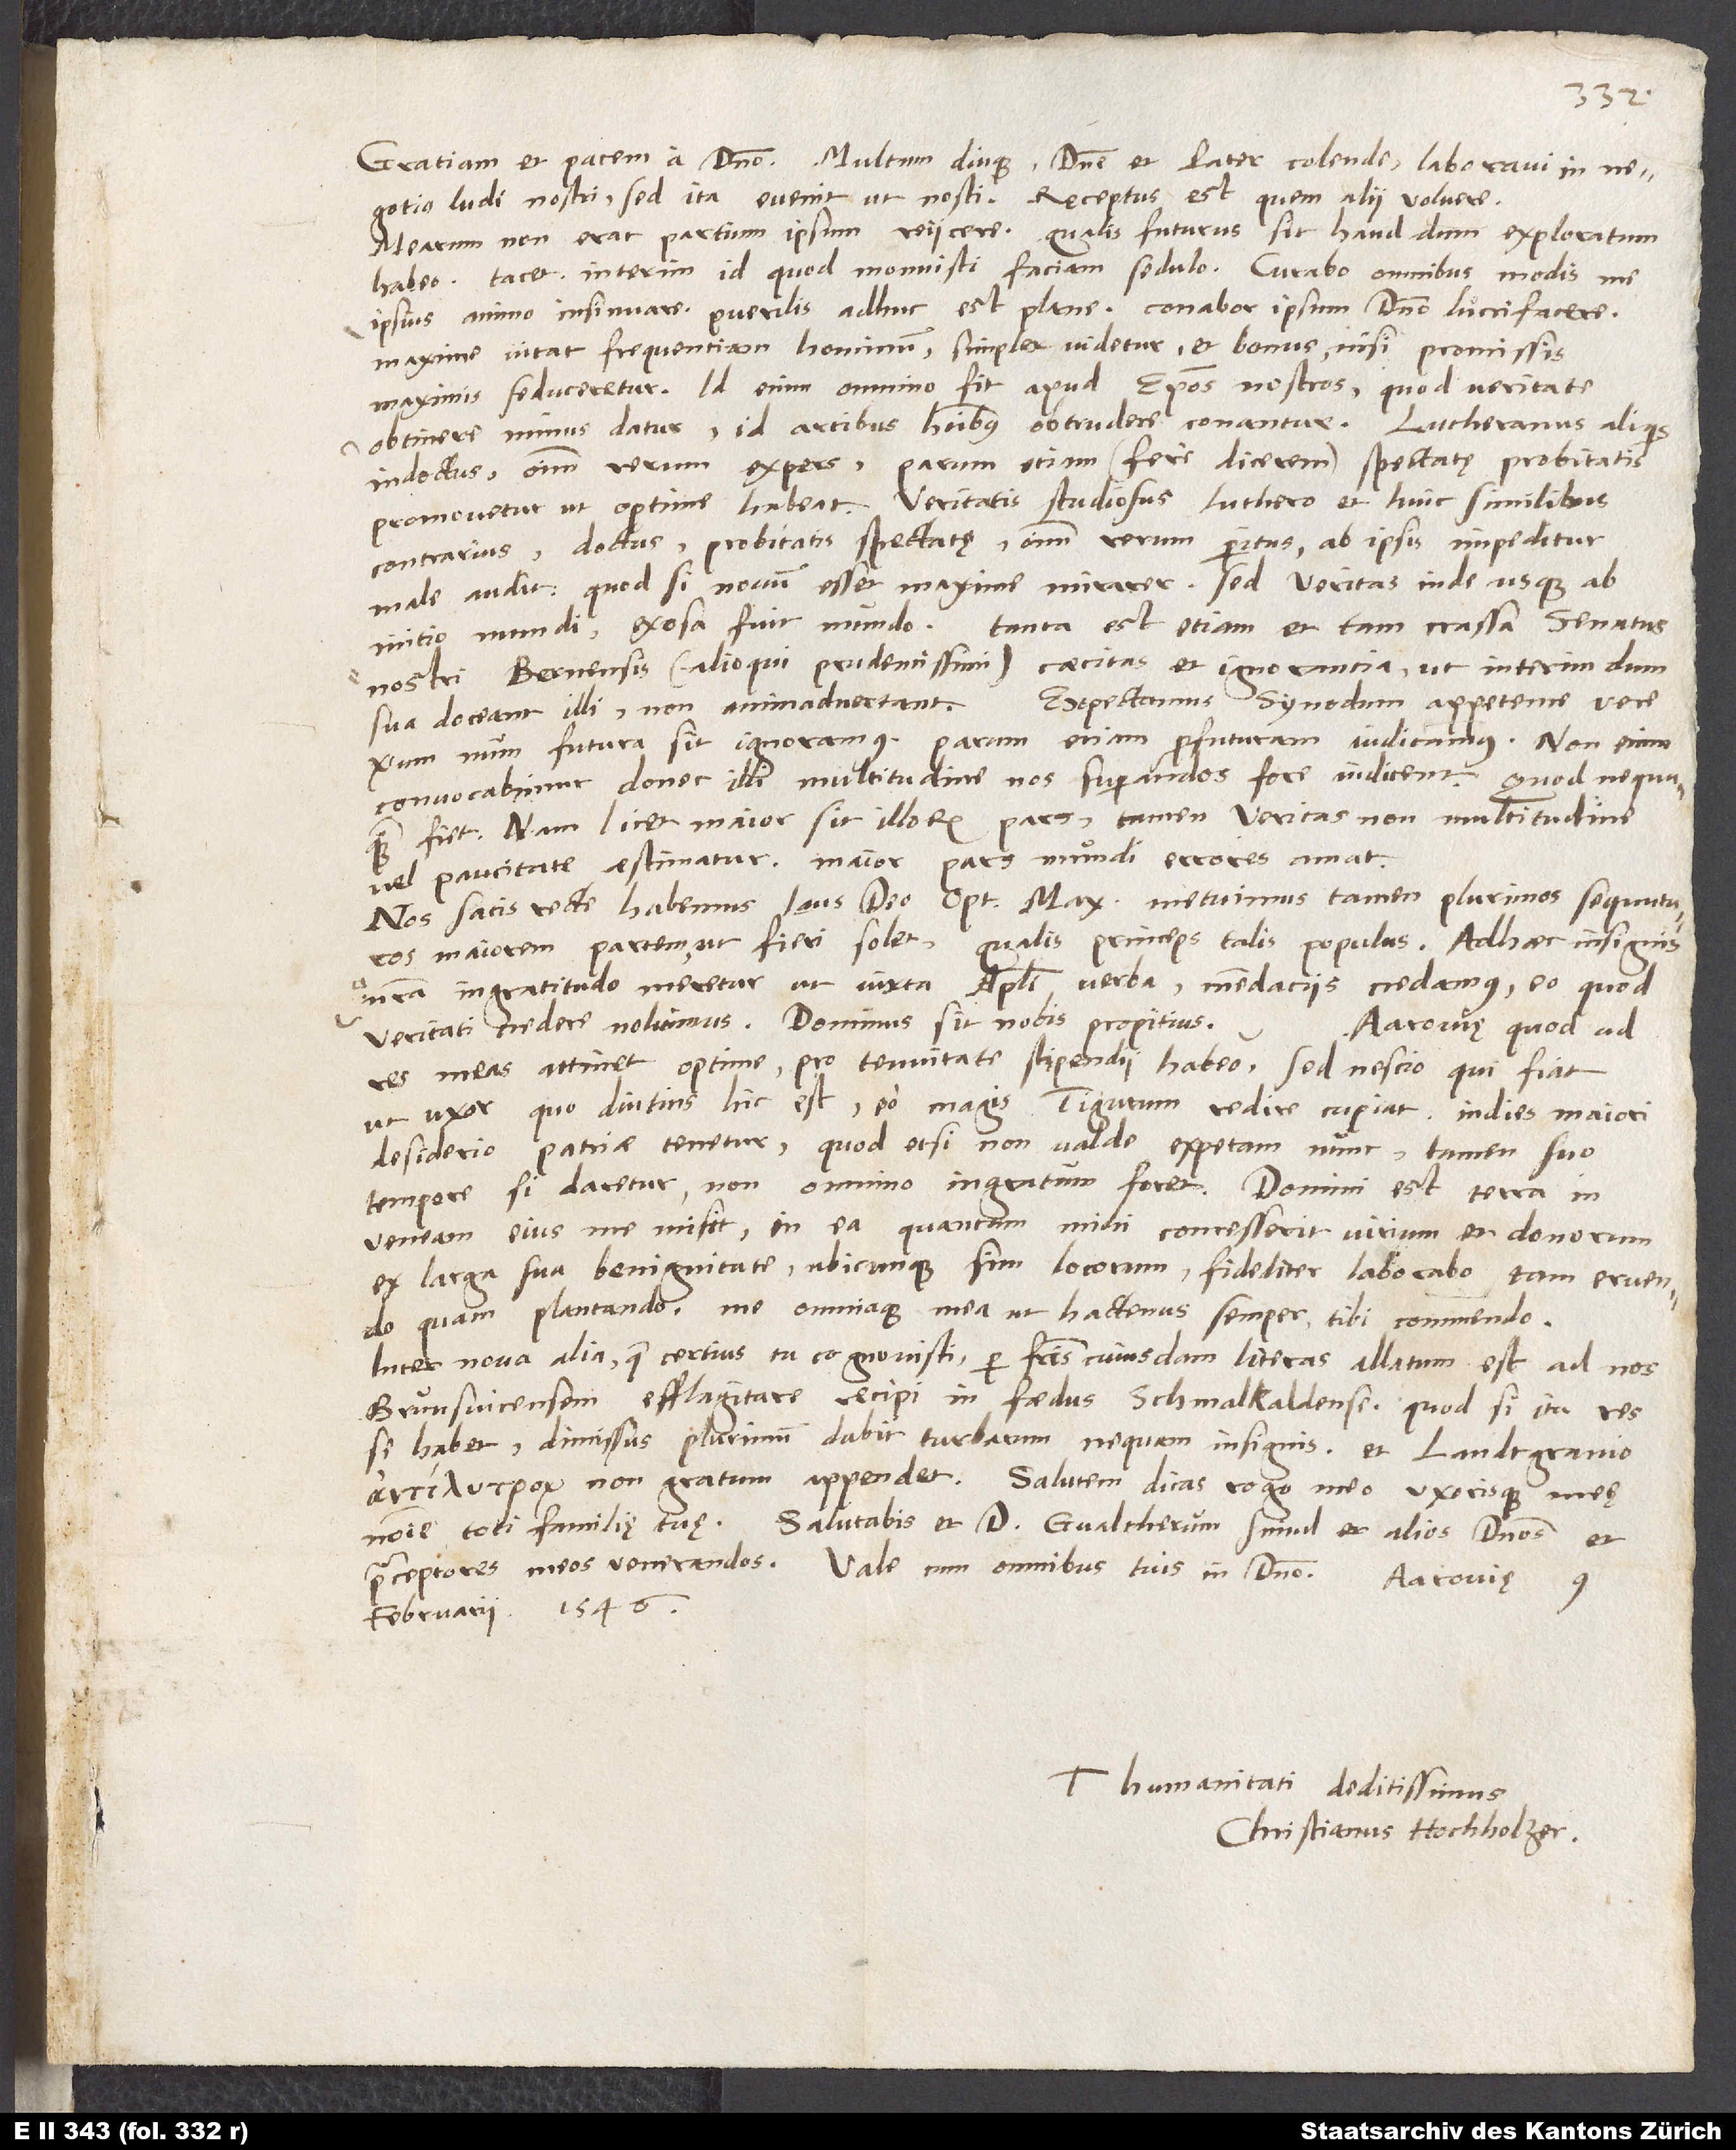
Gratiam et pacem a domino. Multum diuque, domine et pater colende, laboravi in
negotio ludi nostri; sed ita evenit, ut nosti. Receptus est, quem alii voluere.
Mearum non erat partium ipsum reiicere. Qualis futurus sit, haud dum exploratum
habeo; tacet. Interim id, quod monuisti, faciam sedulo; curabo omnibus modis me
ipsius animo insinuare. Puerilis adhuc est plane; conabor ipsum domino lucrifacere.
Maxime vitat frequentiam hominum, simplex videtur et bonus, nisi promissis
maximis seduceretur. Id enim omnino fit apud episcopos nostros: quod veritate
obtinere minus datur, id artibus hominibus obtrudere conantur. Lutheranus aliquis
indoctus, omnium rerum expers, parum etiam (fere dicerem) spectatę probitatis
promovetur, ut optime habeat; veritatis studiosus, Luthero et huic similibus
contrarius, doctus, probitatis spectatę, omnium rerum peritus, ab ipsis impeditur,
male audit. Quod, si novum esset, maxime mirarer; sed veritas inde usque ab
initio mundi exosa fuit mundo. Tanta est etiam et tam crassa senatus
nostri Bernensis (alioqui prudentissimi) caecitas et ignorantia, ut interim, dum
Expectamus synodum appetente vere,
sua doceant illi, non animadvertant.
verum, num futura sit, ignoramus. Parum etiam profuturam iudicamus. Non enim
convocabimur, donec illi multitudine nos superandos fore iudicent; quod nequaquam
fiet. Nam licet maior sit illorum pars, tamen veritas non multitudine
vel paucitate aestimatur. Maior pars mundi errores amat.
Nos satis recte habemus. Laus deo optime maximo! Metuimus tamen plurimos sequuturos
maiorem partem, ut fieri solet; qualis princeps, talis populus. Adhaec insignis
nostra ingratitudo meretur, ut iuxta apostoli verba mendaciis credamus, eo quod
veritati credere nolumus. Dominus sit nobis propitius.
Aarovię, quod ad
res meas attinet, optime pro tenuitate stipendii habeo, sed nescio, qui fiat,
ut uxor, quo diutius hic est, eo magis Tigurum redire cupiat; indies maiori
desiderio patriae tenetur. Quod, etsi non valde expetam nunc, tamen suo
tempore, si daretur, non omnino ingratum foret. Domini est terra. In
vineam eius me misit, in ea, quantum mihi concesserit virium et donorum
ex larga sua benignitate, ubicunque sim locorum, fideliter laborabo tam eruendo
quam plantando. Me omniaque mea ut hactenus semper tibi commendo.
Inter nova alia, quae certius tu cognovisti, per fratris cuiusdam literas allatum est ad nos
Brunsvicensem efflagitare recipi in foedus Schmalkaldense. Quodsi ita res
se habet, dimissus plurimum dabit turbarum nequam insignis, et landtgravio
non gratum appendet. Salutem dicas, rogo, meo uxorisque meę
nomine toti familię tuę. Salutabis et d. Gvaltherum simul et alios dominos et
praeceptores meos venerandos. Vale cum omnibus tuis in domino. Aarovię,
februarii 1546.
Tuae humanitati deditissimus,
Christianus Hochholzer.